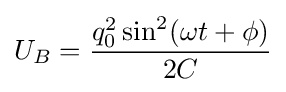
U_{B}={q_{0}^{2}\sin ^{2}(\omega t+\phi ) \over 2C}\,\!